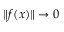
\| f ( x ) \| \to 0